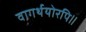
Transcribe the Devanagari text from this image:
वागर्थयोरपि॥